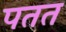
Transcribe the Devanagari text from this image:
पतत